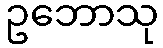
ဥဘောသု